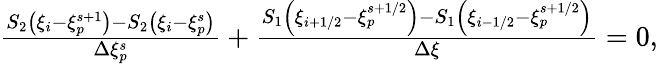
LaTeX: \begin{array}{r}{\frac{S_{2}\left(\xi_{i}-\xi_{p}^{s+1}\right)-S_{2}\left(\xi_{i}-\xi_{p}^{s}\right)}{\Delta\xi_{p}^{s}}+\frac{S_{1}\left(\xi_{i+1/2}-\xi_{p}^{s+1/2}\right)-S_{1}\left(\xi_{i-1/2}-\xi_{p}^{s+1/2}\right)}{\Delta\xi}=0,}\end{array}